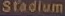
Stadium